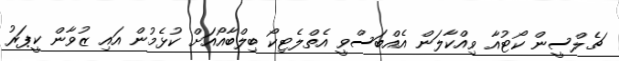
ޗެލްސީން ކޯޓުއާ ވިއްކާލަން އެއްބަސްވީ އެތްލެޓިކޯ ބިލްބާއޯއަށް ކުޅެމުން އައި ޒުވާން ކީޕަރު